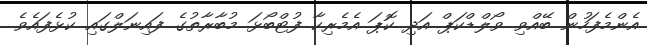
އެންމެފަހުން ބޭއްވި ވޯލްޑްކަޕް އަދި ކޮޕަ އެމެރިކާ ފުޓްބޯޅަ މުބާރާތުގެ ފައިނަލްގައި ކުޅެފައެވެ.